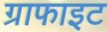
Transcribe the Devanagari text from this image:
ग्राफाइट